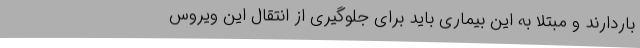
باردارند و مبتلا به این بیماری باید برای جلوگیری از انتقال این ویروس